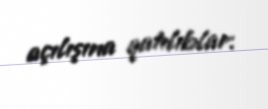
açılışına qatılıblar.